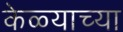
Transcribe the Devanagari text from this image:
केळ्याच्या